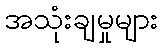
အသုံးချမှုများ